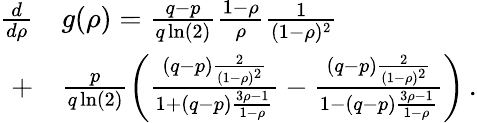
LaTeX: \begin{array}{rl}{\frac{d}{d\rho}}&{g(\rho)=\frac{q-p}{q\ln(2)}\frac{1-\rho}{\rho}\frac{1}{(1-\rho)^{2}}}\\ {+}&{\frac{p}{q\ln(2)}\left(\frac{(q-p)\frac{2}{(1-\rho)^{2}}}{1+(q-p)\frac{3\rho-1}{1-\rho}}-\frac{(q-p)\frac{2}{(1-\rho)^{2}}}{1-(q-p)\frac{3\rho-1}{1-\rho}}\right)\, .}\end{array}